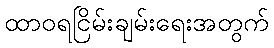
ထာဝရငြိမ်းချမ်းရေးအတွက်